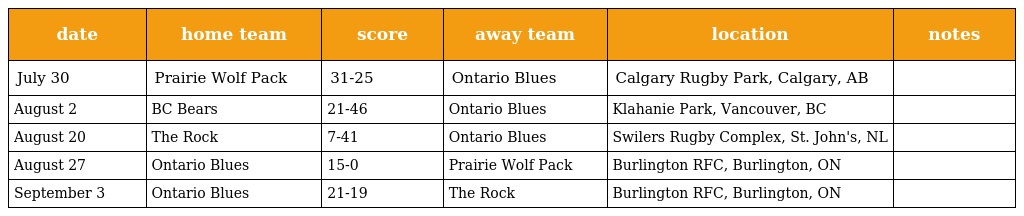
| date | home team | score | away team | location | notes |
 | --- | --- | --- | --- | --- | --- |
 | July 30 | Prairie Wolf Pack | 31-25 | Ontario Blues | Calgary Rugby Park, Calgary, AB |  |
 | August 2 | BC Bears | 21-46 | Ontario Blues | Klahanie Park, Vancouver, BC |  |
 | August 20 | The Rock | 7-41 | Ontario Blues | Swilers Rugby Complex, St. John's, NL |  |
 | August 27 | Ontario Blues | 15-0 | Prairie Wolf Pack | Burlington RFC, Burlington, ON |  |
 | September 3 | Ontario Blues | 21-19 | The Rock | Burlington RFC, Burlington, ON |  |